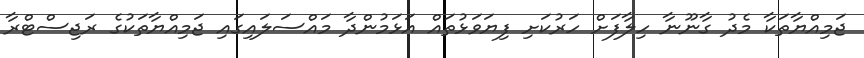
ޖަމިއްޔާތަކާ މެދު ގާނޫނާ ހިލާފަށް ހަރުކަށި ފިޔަވަޅުތައް އަޅަމުންދާ މައްސަލައިގައި ޖަމިއްޔާތަކުގެ ރަޖިސްޓްރާ